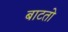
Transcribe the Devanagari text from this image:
बाटतो